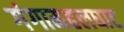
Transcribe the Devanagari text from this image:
गंगामहलघाट